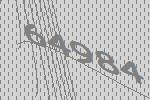
64984